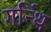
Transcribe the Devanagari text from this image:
गर्न्थि